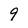
Character: 9